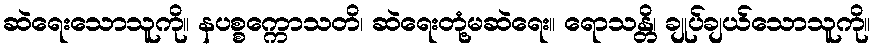
ဆဲရေးသောသူကို။ နပစ္စက္ကောသတိ၊ ဆဲရေးတုံ့မဆဲရေး။ ရောသန္တိ၊ ချုပ်ချယ်သောသူကို။